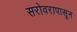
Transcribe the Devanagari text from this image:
सरोवरापासून